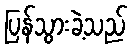
ပြန်သွားခဲ့သည်